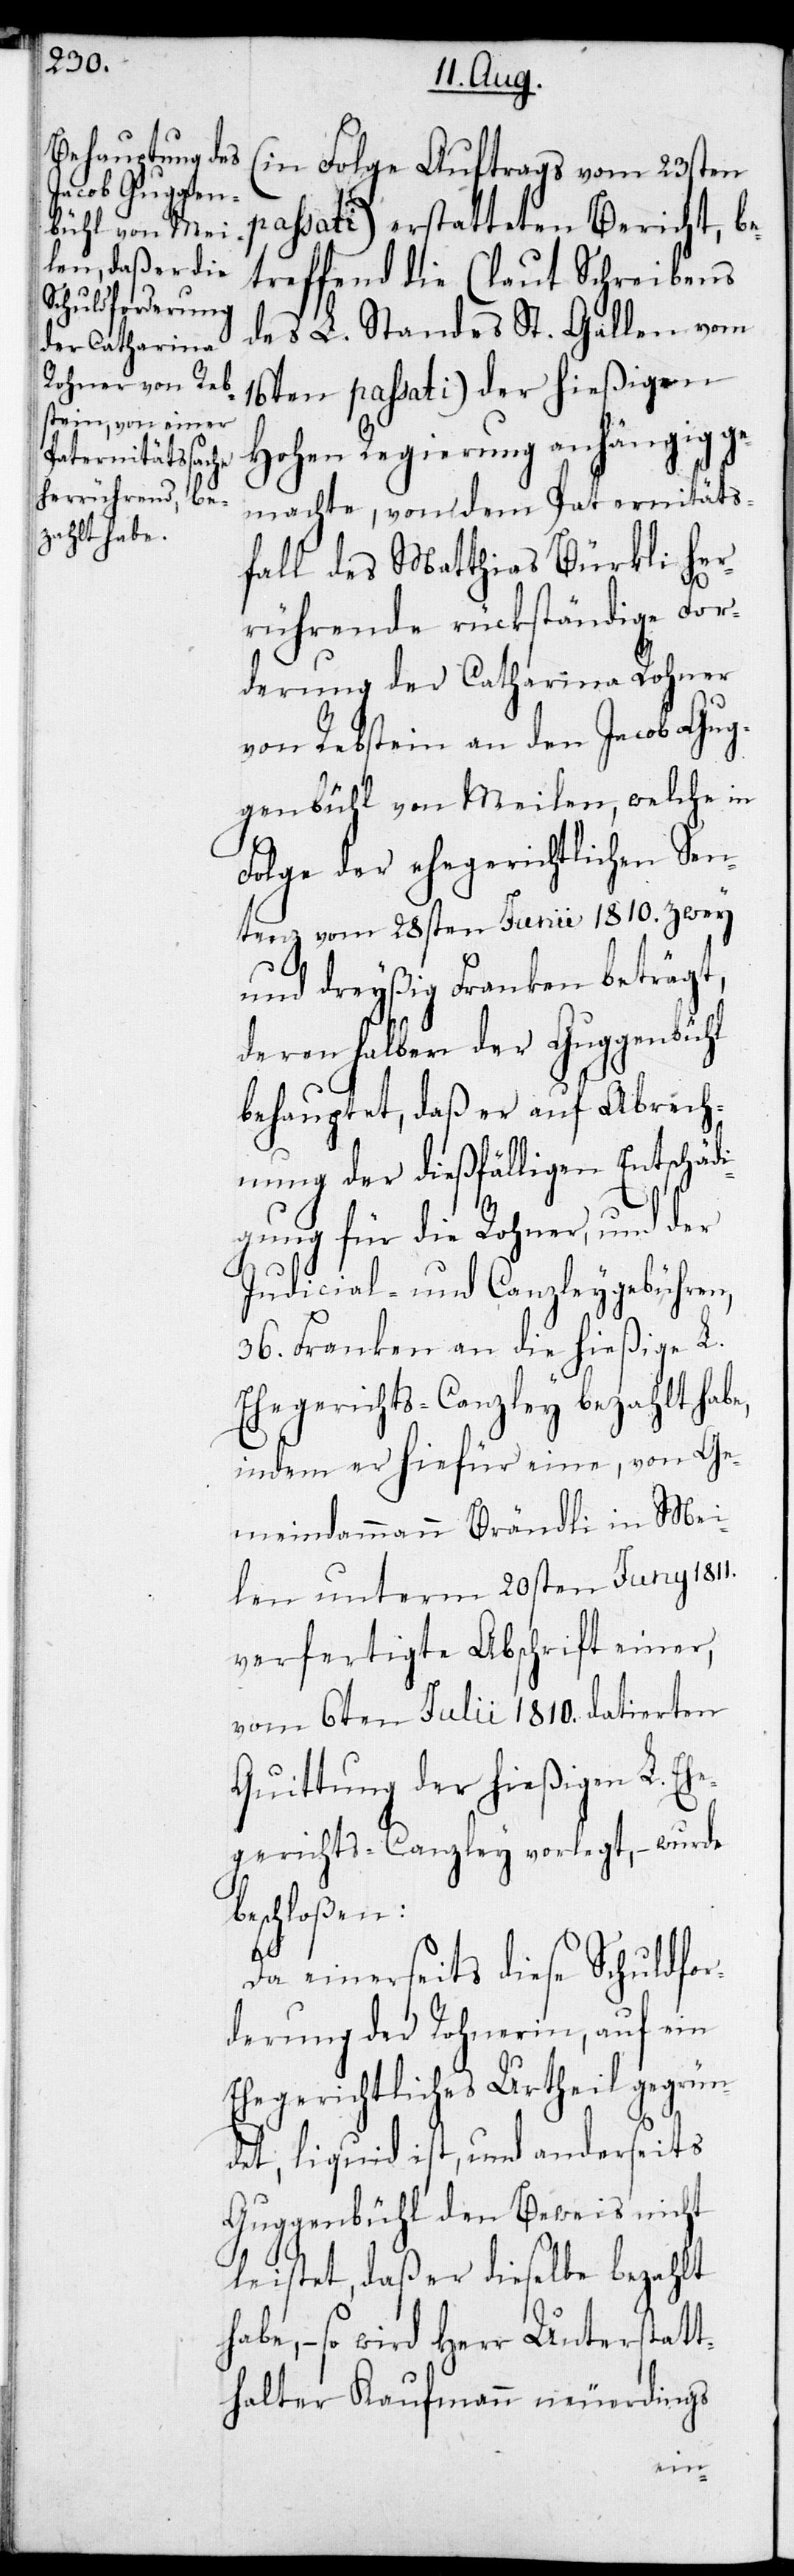
(in Folge Auftrags vom 23sten
passati) erstatteten Bericht, b¬
etreffend die (laut Schreibens
des L. Standes St. Gallen vom
16ten passati) der hießigen
Hohen Regierung anhängig ge¬
machte, von dem Paternitäts¬
fall des Matthias Bürkli her¬
rührende rückständige For¬
derung der Catharina Rohner
von Rebstein an den Jacob Gug¬
genbühl von Meilen, welche in
Folge der ehegerichtlichen Sen¬
tenz vom 28sten Junii 1810. zwey
und dreyßig Franken beträgt,
deren halber der Guggenbühl
behauptet, daß er auf Abrech¬
nung der dießfälligen Entschädi¬
gung für die Rohner, und der
Judicial- und Canzleygebühren,
36. Franken an die hießige L.
Ehegerichts-Canzley bezahlt habe,
indem er hiefür eine, von Ge¬
meindeammann Brändli in Mei¬
len unterm 20sten Juny 1811.
verfertigte Abschrift einer,
vom 6ten Julii 1810. datierten
Quittung der hießigen L. Ehe¬
gerichts-Canzley vorlegt, – wurde
beschloßen:
Da einerseits diese Schuldfor¬
derung der Rohnerin, auf ein
Ehegerichtliches Urtheil gegrün¬
det, liquid ist, und anderseits
Guggenbühl den Beweis nicht
leistet, daß er dieselbe bezahlt
habe, – wird Herr Unterstatt¬
halter Kaufmann neuerdings